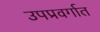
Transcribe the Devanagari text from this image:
उपप्रवर्गात